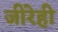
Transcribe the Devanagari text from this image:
जीरेही